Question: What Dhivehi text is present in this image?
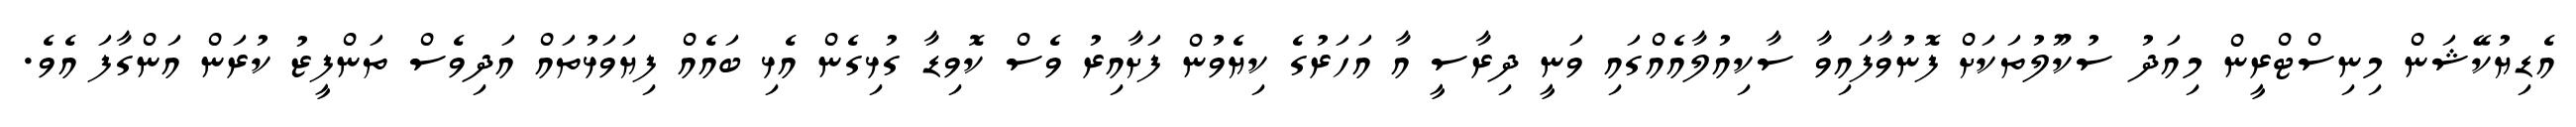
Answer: އެޑިޔުކޭޝަން މިނިސްޓްރީން މިއަދު ސުކޫލުތަކަށް ފޮނުވާފައިވާ ސާކިއުލާއެއްގައި ވަނީ ދިރާސީ އާ އަހަރުގެ ކިޔެވުން ފަށާއިރު ވެސް ކޮވިޑާ ގުޅިގެން އެޅި ބައެއް ފިޔަވަޅުތައް އަދިވެސް ތަންފީޒު ކުރަން އަންގާފަ އެވެ.